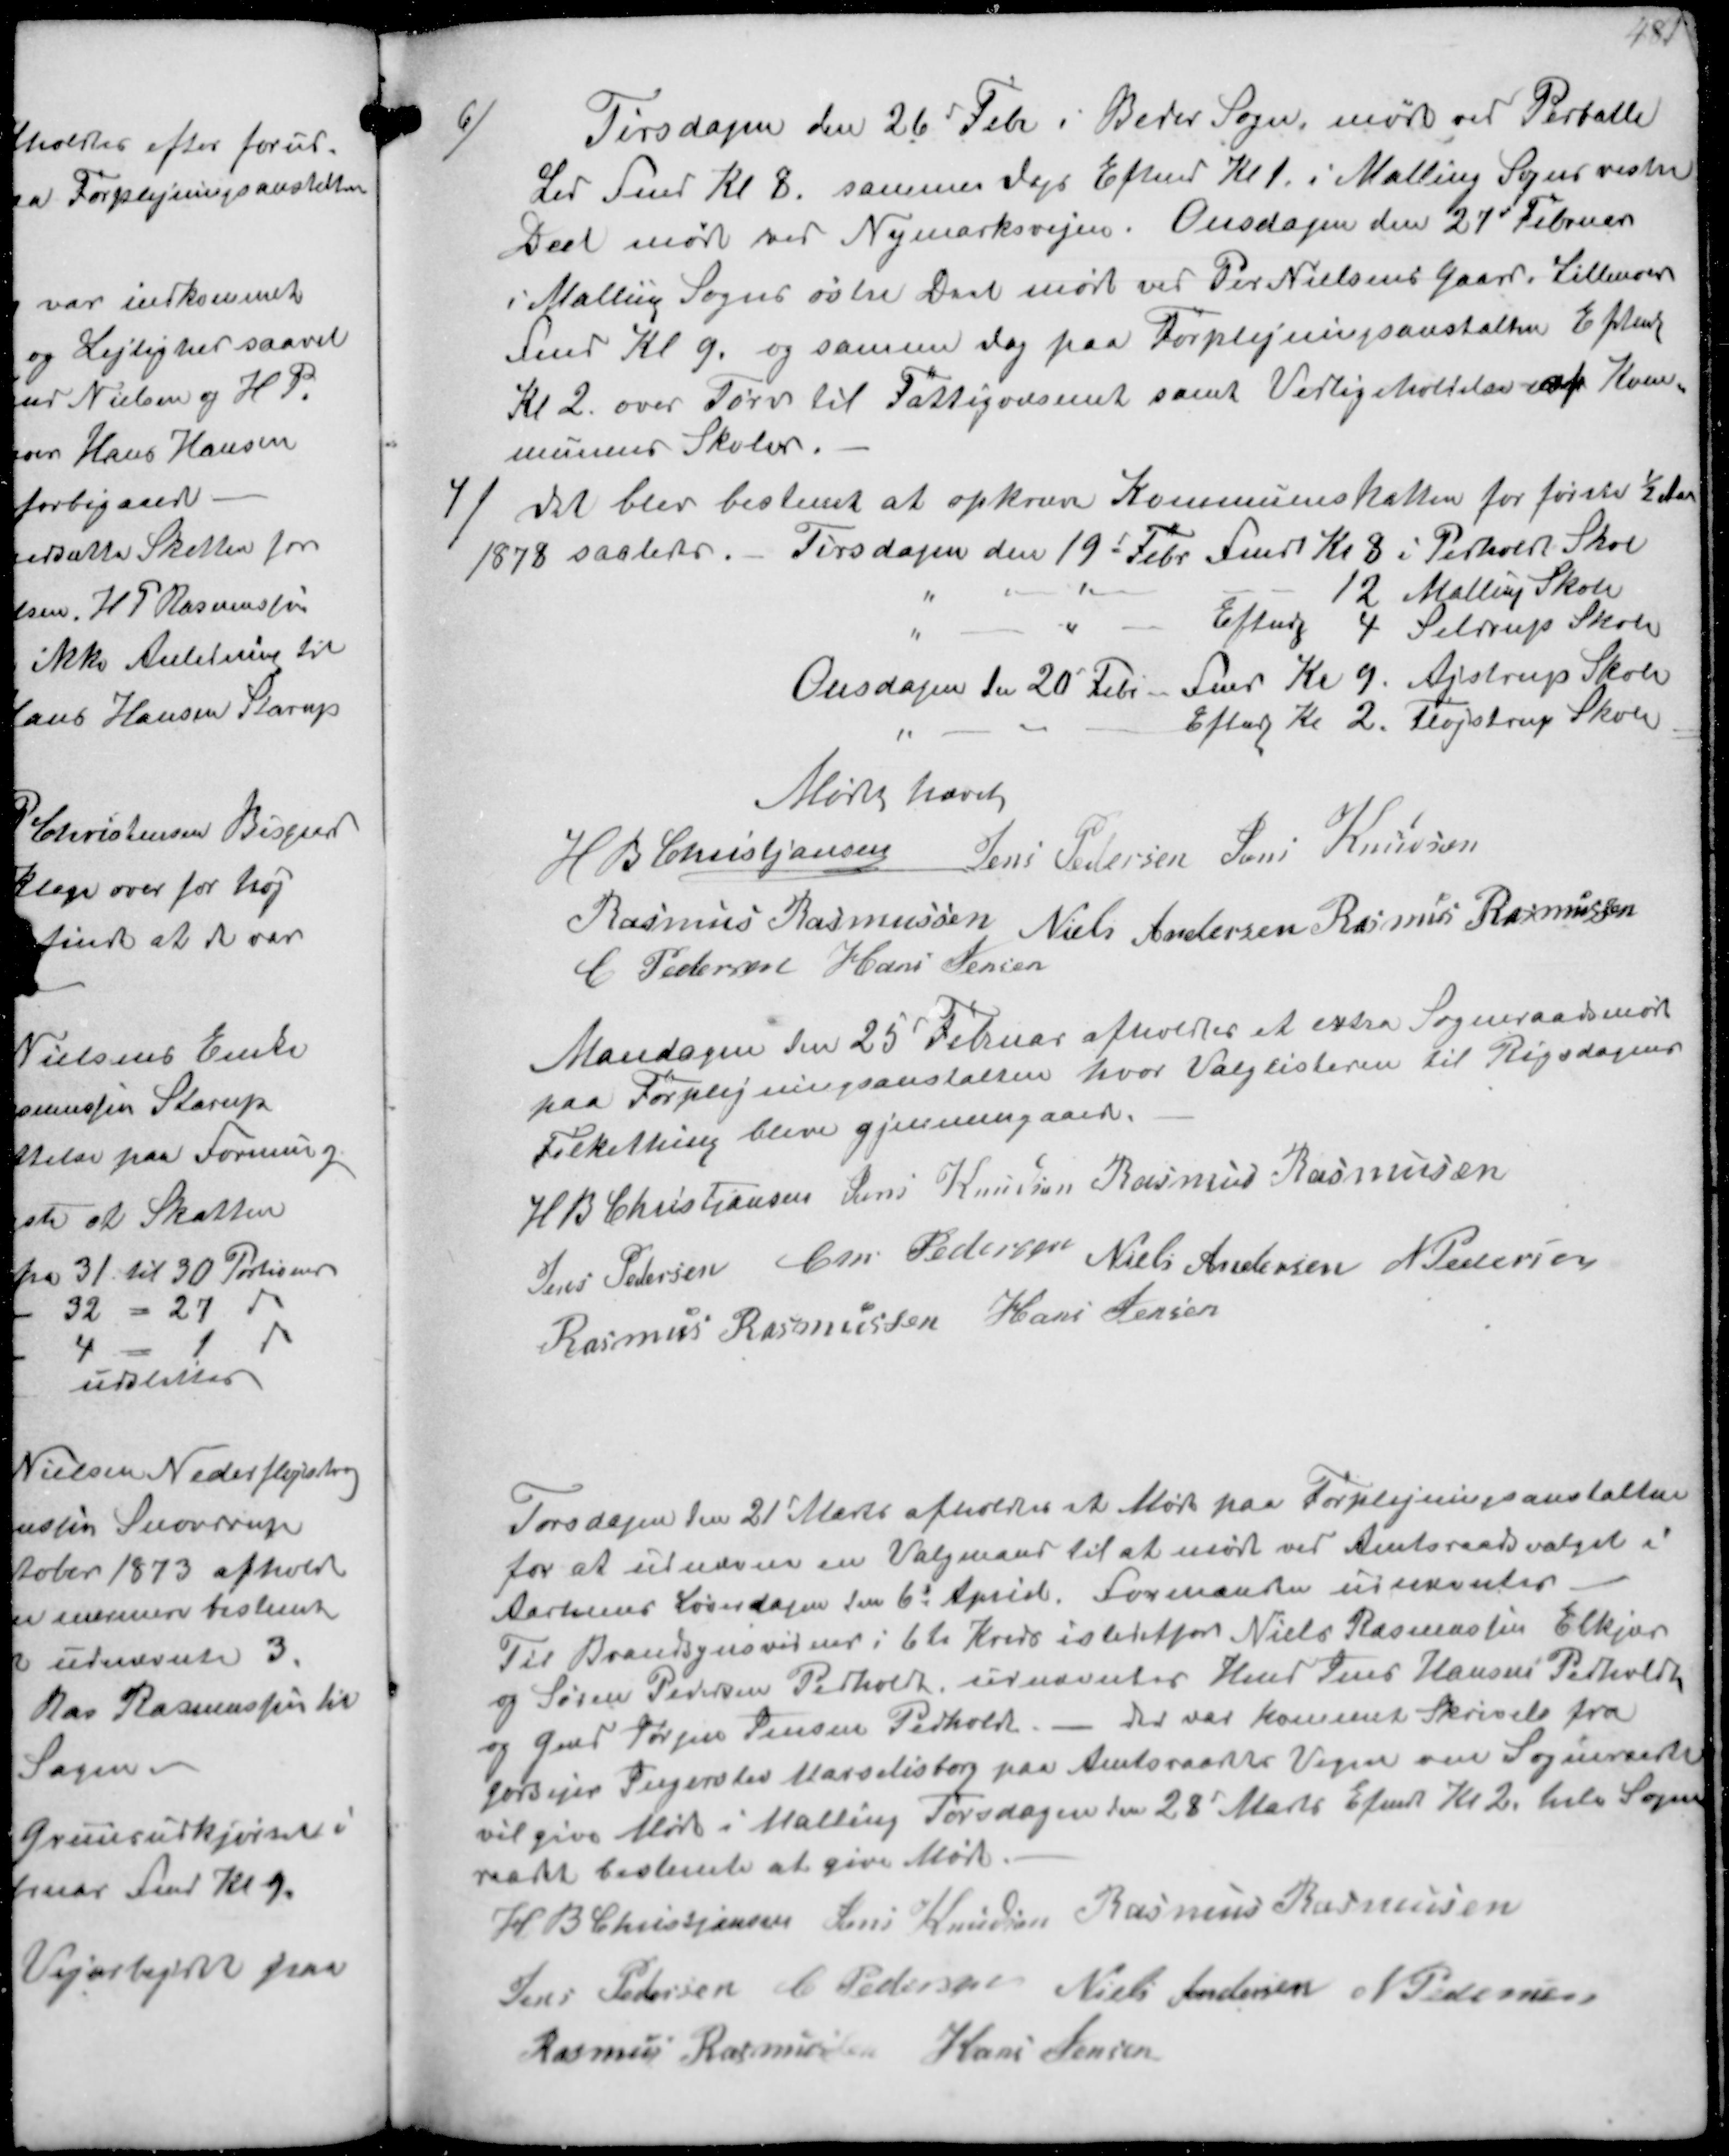
Transskription:
6/
Tirsdagen den 26d Febr. i Beder Sogn, mødt ved Perballe
Led Fmd Kl 8 samme dags Eftmd Kl 1 i Malling Sogns vestre
Deel møde ved Nymarksvejen. Onsdagen den 27d Februar
i Malling Sogns østre Deel møde ved Per Nielsens Gaard. Lillenor
Fmd Kl 9 og samme Dag paa Forplejningsanstalten Eftmd
Kl 2 over Tørv til Fattigvæsenet samt Vedligeholdelse af Kom-
munens Skoler.
7/ Det blev bestemt at opkræve Kommuneskatten for første ½ del
1878 saaledes. Tirsdagen den 19d Febr Fmd Kl 8 i Pedholdt Skole
" " " - - 12 Malling Skole
" - " - Eftmd 4 Seldrup Skole
Onsdagen den 20 Febr Fmd Kl 9. Ajstrup Skole
" " Eftmd Kl 2 Fløjstrup Skole
Mødet hævet
H B Christjansen Jens Pedersen Jens Knudsen
Rasmus Rasmussen Niels Andersen Rasmus Rasmussen
C. Pedersen Hans Jensen

Mandagen den 25 Februar afholdtes et extra Sogneraadsmøde
paa Forplejningsanstalten hvor Valglisterne til Rigsdagens
Folkething bleve gjennemgaaede
H B Christiansen Jens Knudsen Rasmus Rasmussen
Jens Pedersen Chr. Pedersen Niels Andersen N Pedersen
Rasmus Rasmusssen Hans Jensen

Torsdagen den 21 Marts afholdes et Møde paa Forplejningsanstalten
for at udnævne en Valgmand til at møde ved Amtsraadsvalget i
Aarhus Torsdagen den 6d April Formanden udnævntes
Til Brandsynsvidner i 6te Kreds istedetfor Niels Rasmussen Elkjær
og Søren Pedersen Pedholdt, udnævntes Hmd Jens Hansen Pedholdt
og Gmd Jørgen Jensen Pedholdt - Der var kommet Skrivelse fra
Godsejer Ingerslev Marselisborg paa Amtsraadts Vejen om Sogneraadet
vil give Møde i Malling Torsdagen den 28 Marts Efmd Kl 2 hele Sogne-
raadet bestemte at give Møde
H B Christjansen Jens Knudsen Rasmus Rasmussen
Jens Pedersen C Pedersen Niels Andersen N Pidersen
Rasmus Rasmussen Hans Jensen